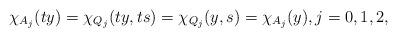
LaTeX: \begin{align*}\chi_{A_j}(ty) = \chi_{Q_j}(ty,ts) = \chi_{Q_j}(y,s) = \chi_{A_j}(y), j = 0,1,2,\end{align*}